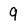
Character: 9